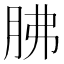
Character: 胇